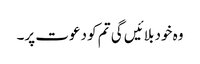
وہ خود بلائیں گی تم کو دعوت پر۔